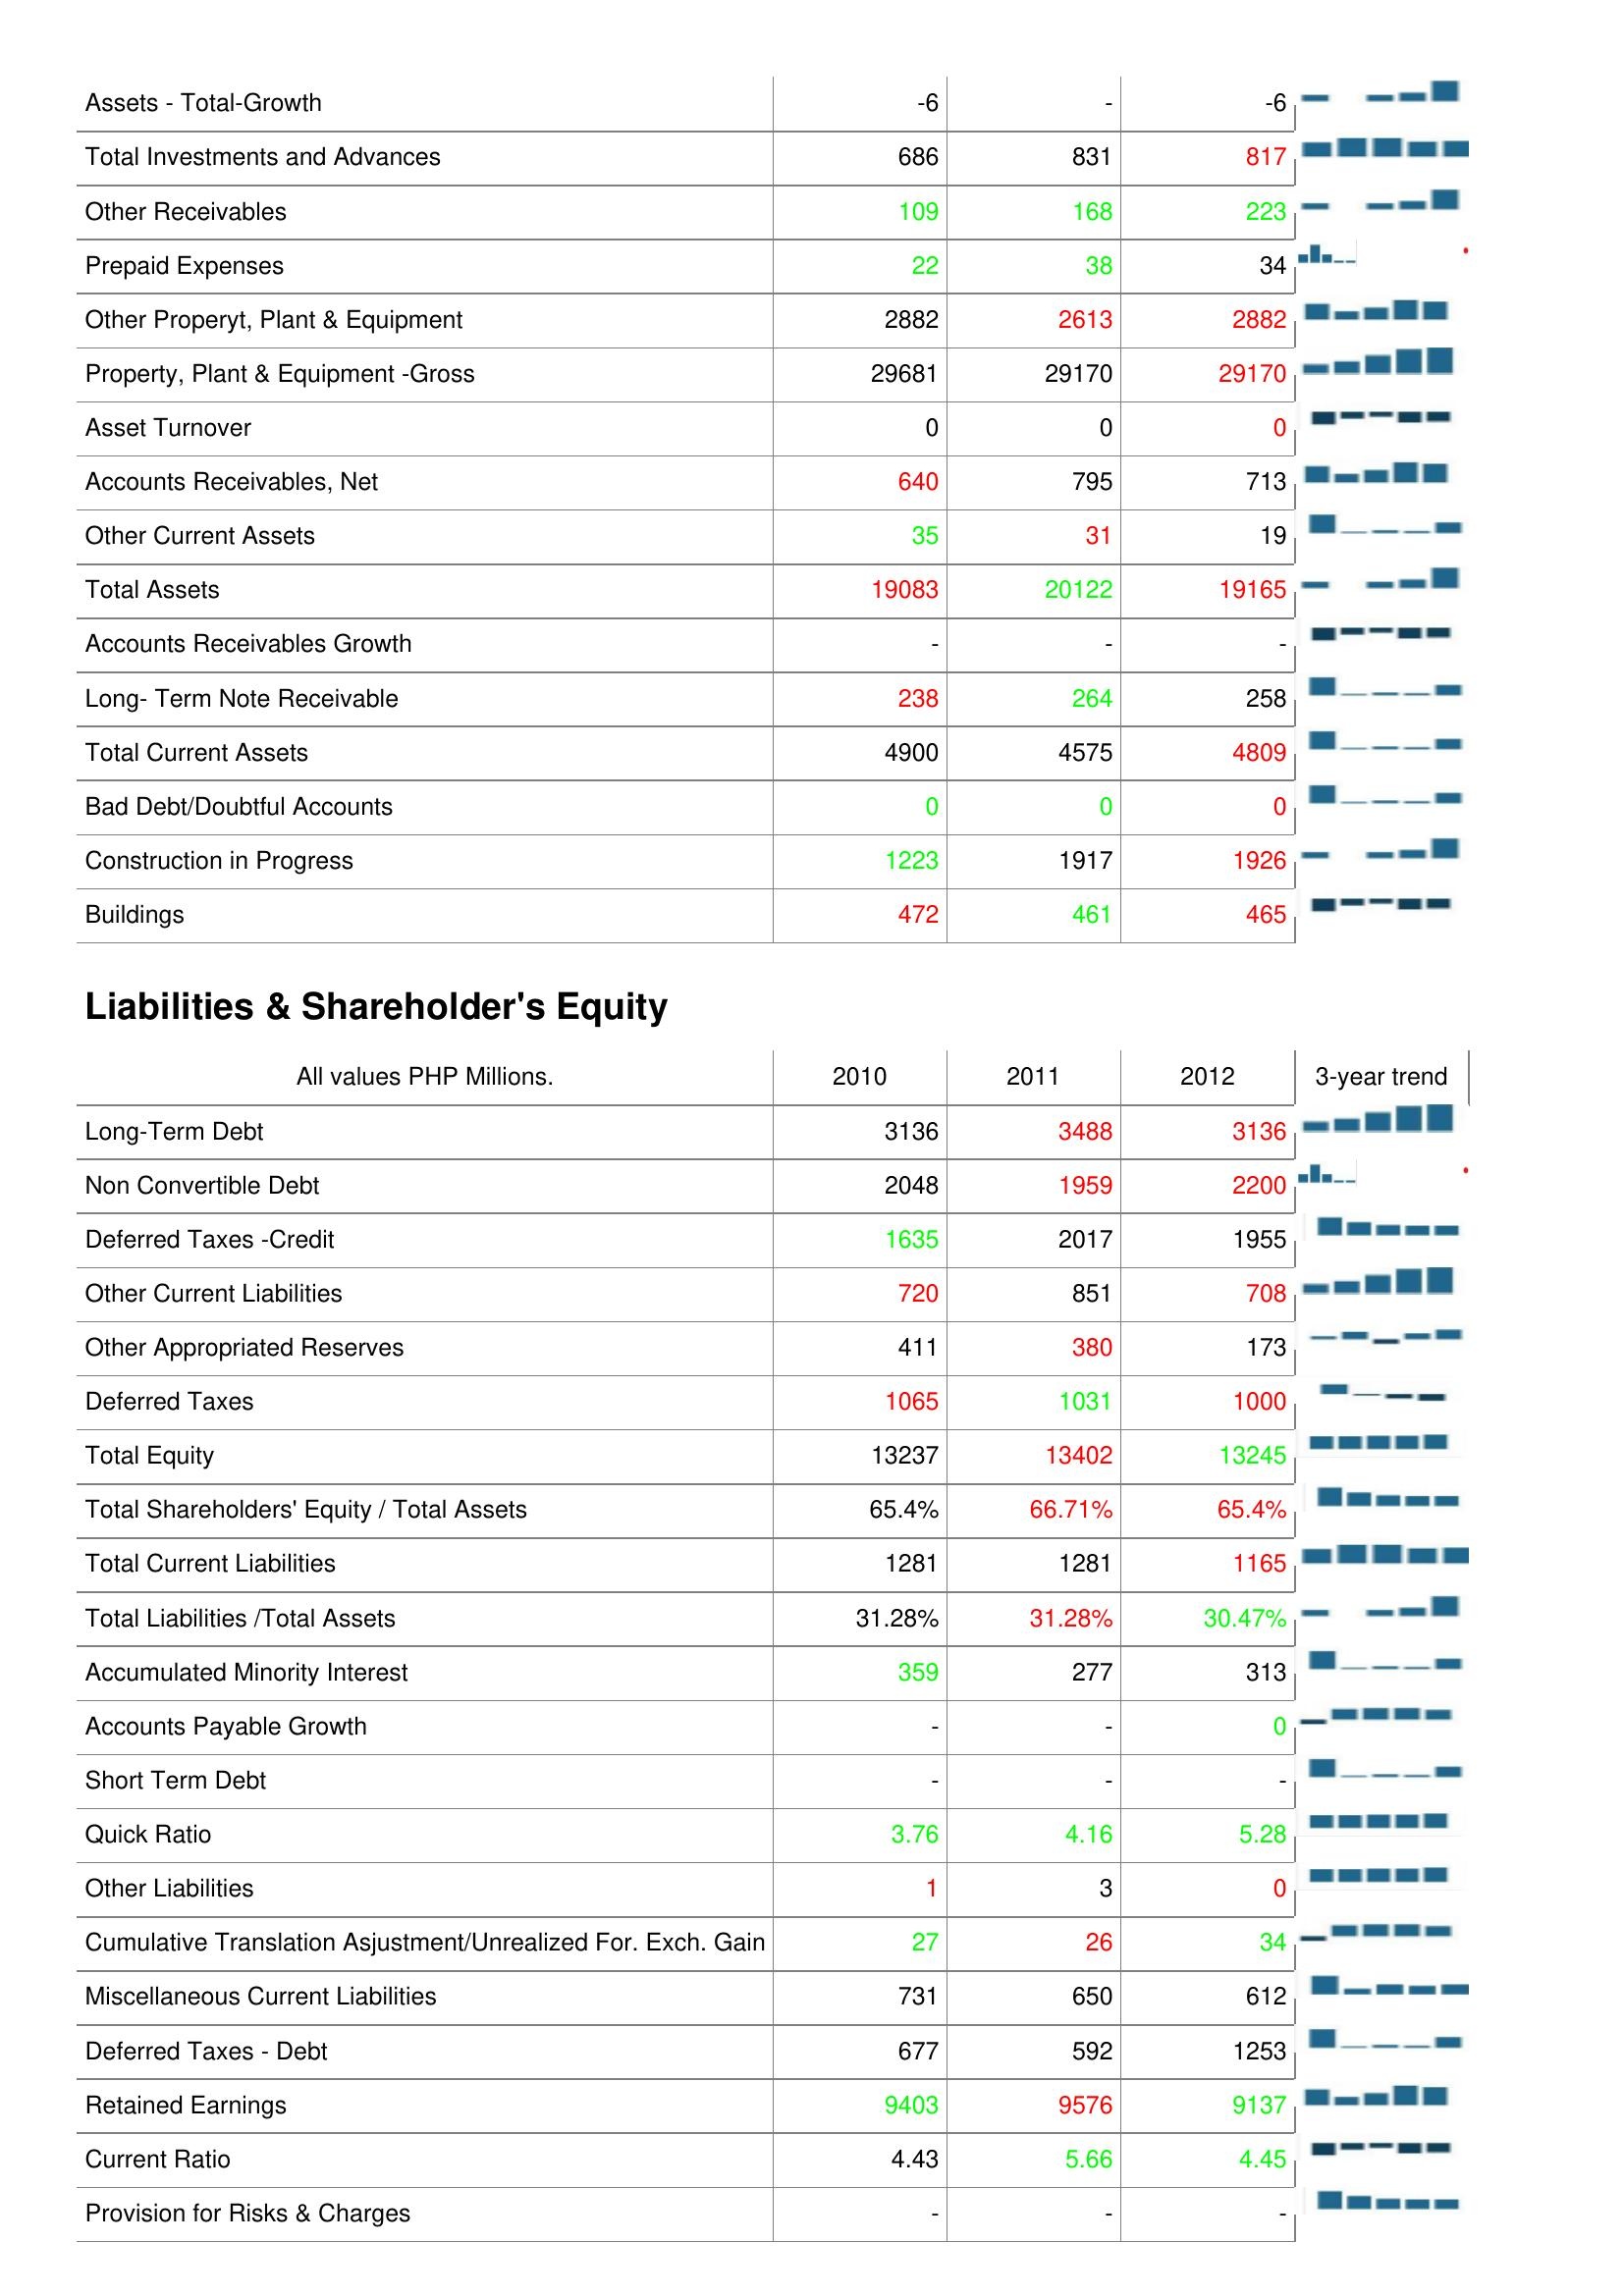
2010: Assets: Assets - Total-Growth: -6
Total Investments and Advances: 686
Other Receivables: 109
Prepaid Expenses: 22
Other Properyt, Plant & Equipment: 2882
Property, Plant & Equipment -Gross: 29681
Asset Turnover: 0
Accounts Receivables, Net: 640
Other Current Assets: 35
Total Assets: 19083
Accounts Receivables Growth: -
Long- Term Note Receivable: 238
Total Current Assets: 4900
Bad Debt/Doubtful Accounts: 0
Construction in Progress: 1223
Buildings: 472
Liabilities & Shareholder's Equity: Long-Term Debt: 3136
Non Convertible Debt: 2048
Deferred Taxes -Credit: 1635
Other Current Liabilities: 720
Other Appropriated Reserves: 411
Deferred Taxes: 1065
Total Equity: 13237
Total Shareholders' Equity / Total Assets: 65.4%
Total Current Liabilities: 1281
Total Liabilities /Total Assets: 31.28%
Accumulated Minority Interest: 359
Accounts Payable Growth: -
Short Term Debt: -
Quick Ratio: 3.76
Other Liabilities: 1
Cumulative Translation Asjustment/Unrealized For. Exch. Gain: 27
Miscellaneous Current Liabilities: 731
Deferred Taxes - Debt: 677
Retained Earnings: 9403
Current Ratio: 4.43
Provision for Risks & Charges: -
2011: Assets: Assets - Total-Growth: -
Total Investments and Advances: 831
Other Receivables: 168
Prepaid Expenses: 38
Other Properyt, Plant & Equipment: 2613
Property, Plant & Equipment -Gross: 29170
Asset Turnover: 0
Accounts Receivables, Net: 795
Other Current Assets: 31
Total Assets: 20122
Accounts Receivables Growth: -
Long- Term Note Receivable: 264
Total Current Assets: 4575
Bad Debt/Doubtful Accounts: 0
Construction in Progress: 1917
Buildings: 461
Liabilities & Shareholder's Equity: Long-Term Debt: 3488
Non Convertible Debt: 1959
Deferred Taxes -Credit: 2017
Other Current Liabilities: 851
Other Appropriated Reserves: 380
Deferred Taxes: 1031
Total Equity: 13402
Total Shareholders' Equity / Total Assets: 66.71%
Total Current Liabilities: 1281
Total Liabilities /Total Assets: 31.28%
Accumulated Minority Interest: 277
Accounts Payable Growth: -
Short Term Debt: -
Quick Ratio: 4.16
Other Liabilities: 3
Cumulative Translation Asjustment/Unrealized For. Exch. Gain: 26
Miscellaneous Current Liabilities: 650
Deferred Taxes - Debt: 592
Retained Earnings: 9576
Current Ratio: 5.66
Provision for Risks & Charges: -
2012: Assets: Assets - Total-Growth: -6
Total Investments and Advances: 817
Other Receivables: 223
Prepaid Expenses: 34
Other Properyt, Plant & Equipment: 2882
Property, Plant & Equipment -Gross: 29170
Asset Turnover: 0
Accounts Receivables, Net: 713
Other Current Assets: 19
Total Assets: 19165
Accounts Receivables Growth: -
Long- Term Note Receivable: 258
Total Current Assets: 4809
Bad Debt/Doubtful Accounts: 0
Construction in Progress: 1926
Buildings: 465
Liabilities & Shareholder's Equity: Long-Term Debt: 3136
Non Convertible Debt: 2200
Deferred Taxes -Credit: 1955
Other Current Liabilities: 708
Other Appropriated Reserves: 173
Deferred Taxes: 1000
Total Equity: 13245
Total Shareholders' Equity / Total Assets: 65.4%
Total Current Liabilities: 1165
Total Liabilities /Total Assets: 30.47%
Accumulated Minority Interest: 313
Accounts Payable Growth: 0
Short Term Debt: -
Quick Ratio: 5.28
Other Liabilities: 0
Cumulative Translation Asjustment/Unrealized For. Exch. Gain: 34
Miscellaneous Current Liabilities: 612
Deferred Taxes - Debt: 1253
Retained Earnings: 9137
Current Ratio: 4.45
Provision for Risks & Charges: -